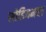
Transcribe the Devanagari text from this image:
सोडियमचा